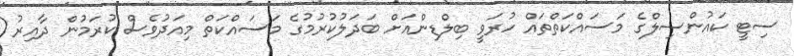
ސިޓީ ކައުންސިލްގެ މަސައްކަތްތައް ހުރަވީ ބިލްޑިންއަށް ބަދަލުކުރުމުގެ މަސައްކަތް މިއަދުވެސް ކުރަމުން ދާއިރު